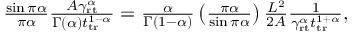
\begin{array} { r } { \frac { \sin \pi \alpha } { \pi \alpha } \frac { A \gamma _ { \mathrm { r t } } ^ { \alpha } } { \Gamma ( \alpha ) t _ { \mathrm { t r } } ^ { 1 - \alpha } } = \frac { \alpha } { \Gamma ( 1 - \alpha ) } \left( \frac { \pi \alpha } { \sin \pi \alpha } \right) \frac { L ^ { 2 } } { 2 A } \frac { 1 } { \gamma _ { \mathrm { r t } } ^ { \alpha } t _ { \mathrm { t r } } ^ { 1 + \alpha } } , } \end{array}